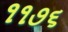
૧૧૭૬